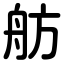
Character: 舫